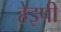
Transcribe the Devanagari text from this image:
हेइपी